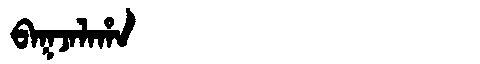
Manchu: ᠪᠠᡴᠵᠠᠯᠠᡥᠠ
Romanization: BAKJALAHA